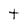
Character: t